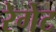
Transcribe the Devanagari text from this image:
रेगेट